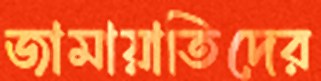
জামায়াতিদের